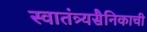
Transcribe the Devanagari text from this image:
स्वातंत्र्यसैनिकाची